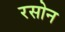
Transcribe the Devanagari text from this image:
रसोन